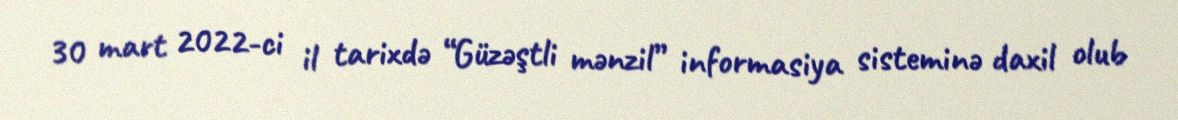
30 mart 2022-ci il tarixdə “Güzəştli mənzil” informasiya sisteminə daxil olub